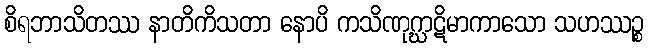
စိရဘာသိတဿ နာတိကိသတာ နောပိ ကသိဏုဂ္ဃာဋိမာကာသော သဟဿဉ္စ